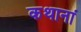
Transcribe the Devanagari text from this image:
कथानां